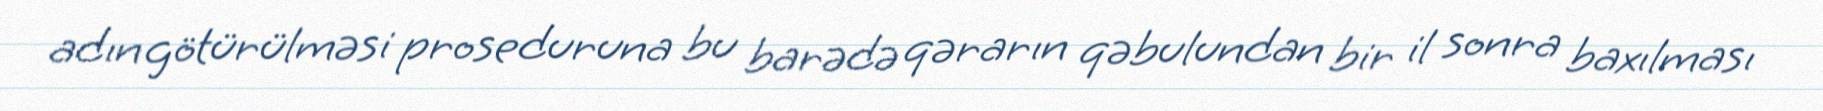
adın götürülməsi proseduruna bu barədə qərarın qəbulundan bir il sonra baxılması